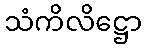
သံကိလိဋ္ဌော